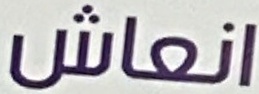
انعاش